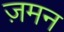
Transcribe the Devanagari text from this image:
ज़मन